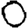
Digit: 0